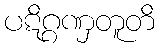
ပဋိဂ္ဂဏှတူတိ